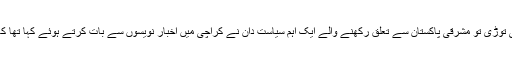
1954 میں گورنر جنرل غلام محمد نے دستور ساز اسمبلی توڑی تو مشرقی پاکستان سے تعلق رکھنے والے ایک اہم سیاست دان نے کراچی میں اخبار نویسوں سے بات کرتے ہوئے کہا تھا کہ آپ نے مشرقی اور مغربی پاکستان کا رشتہ توڑ ڈالا ہے۔